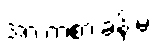
အားကစားခန်းမ